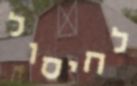
לחיסול